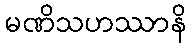
မဏိသဟဿာနိ